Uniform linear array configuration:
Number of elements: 16
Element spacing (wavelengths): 0.75
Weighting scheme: hann
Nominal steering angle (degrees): -15
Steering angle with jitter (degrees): -14.634
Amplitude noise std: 0.05
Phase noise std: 0.05

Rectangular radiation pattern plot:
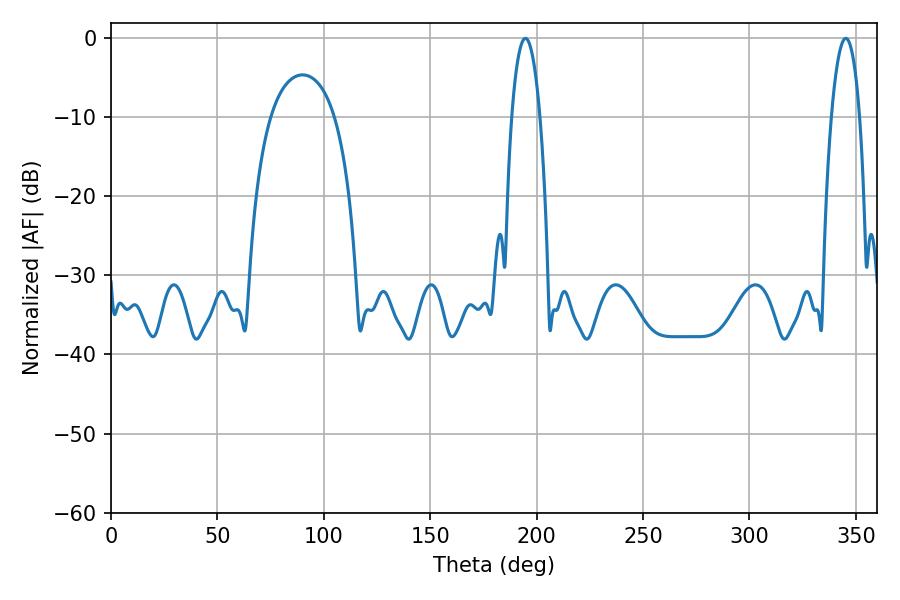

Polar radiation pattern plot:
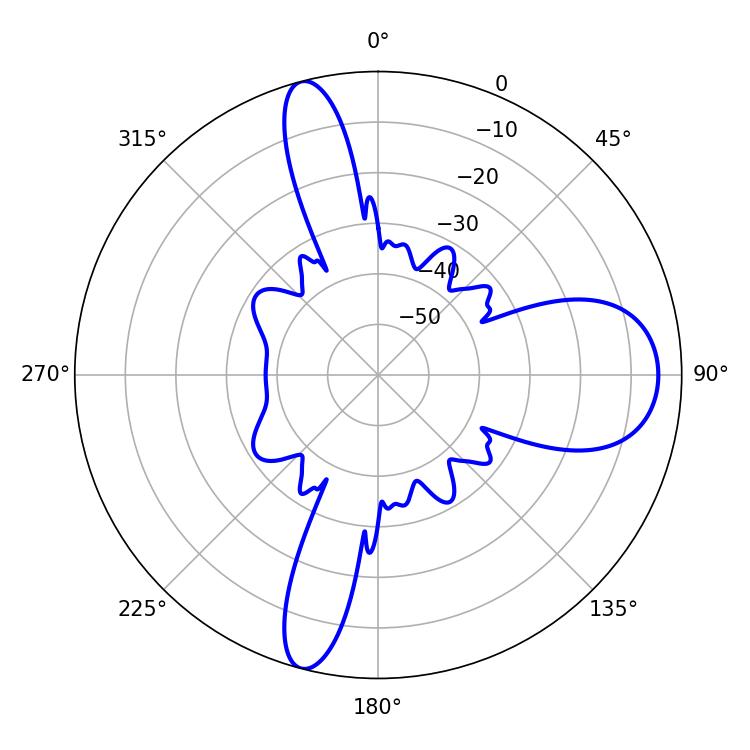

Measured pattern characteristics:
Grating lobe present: TRUE
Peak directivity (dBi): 14.559
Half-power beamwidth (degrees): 7.38
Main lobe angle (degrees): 194.76